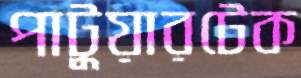
পাটুয়ারটেক